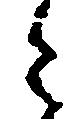
令